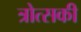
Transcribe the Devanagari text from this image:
त्रोत्सकी